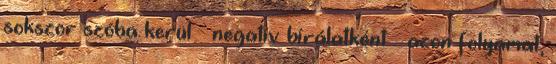
sokszor szóba kerül – negatív bírálatként – azon folyamat,